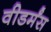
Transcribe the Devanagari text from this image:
वीडर्मंस